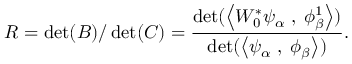
R = \operatorname * { d e t } ( B ) / \operatorname * { d e t } ( C ) = { \frac { \operatorname * { d e t } ( \left< W _ { 0 } ^ { * } \psi _ { \alpha } \; , \; \phi _ { \beta } ^ { 1 } \right> ) } { \operatorname * { d e t } ( \left< \psi _ { \alpha } \; , \; \phi _ { \beta } \right> ) } } .